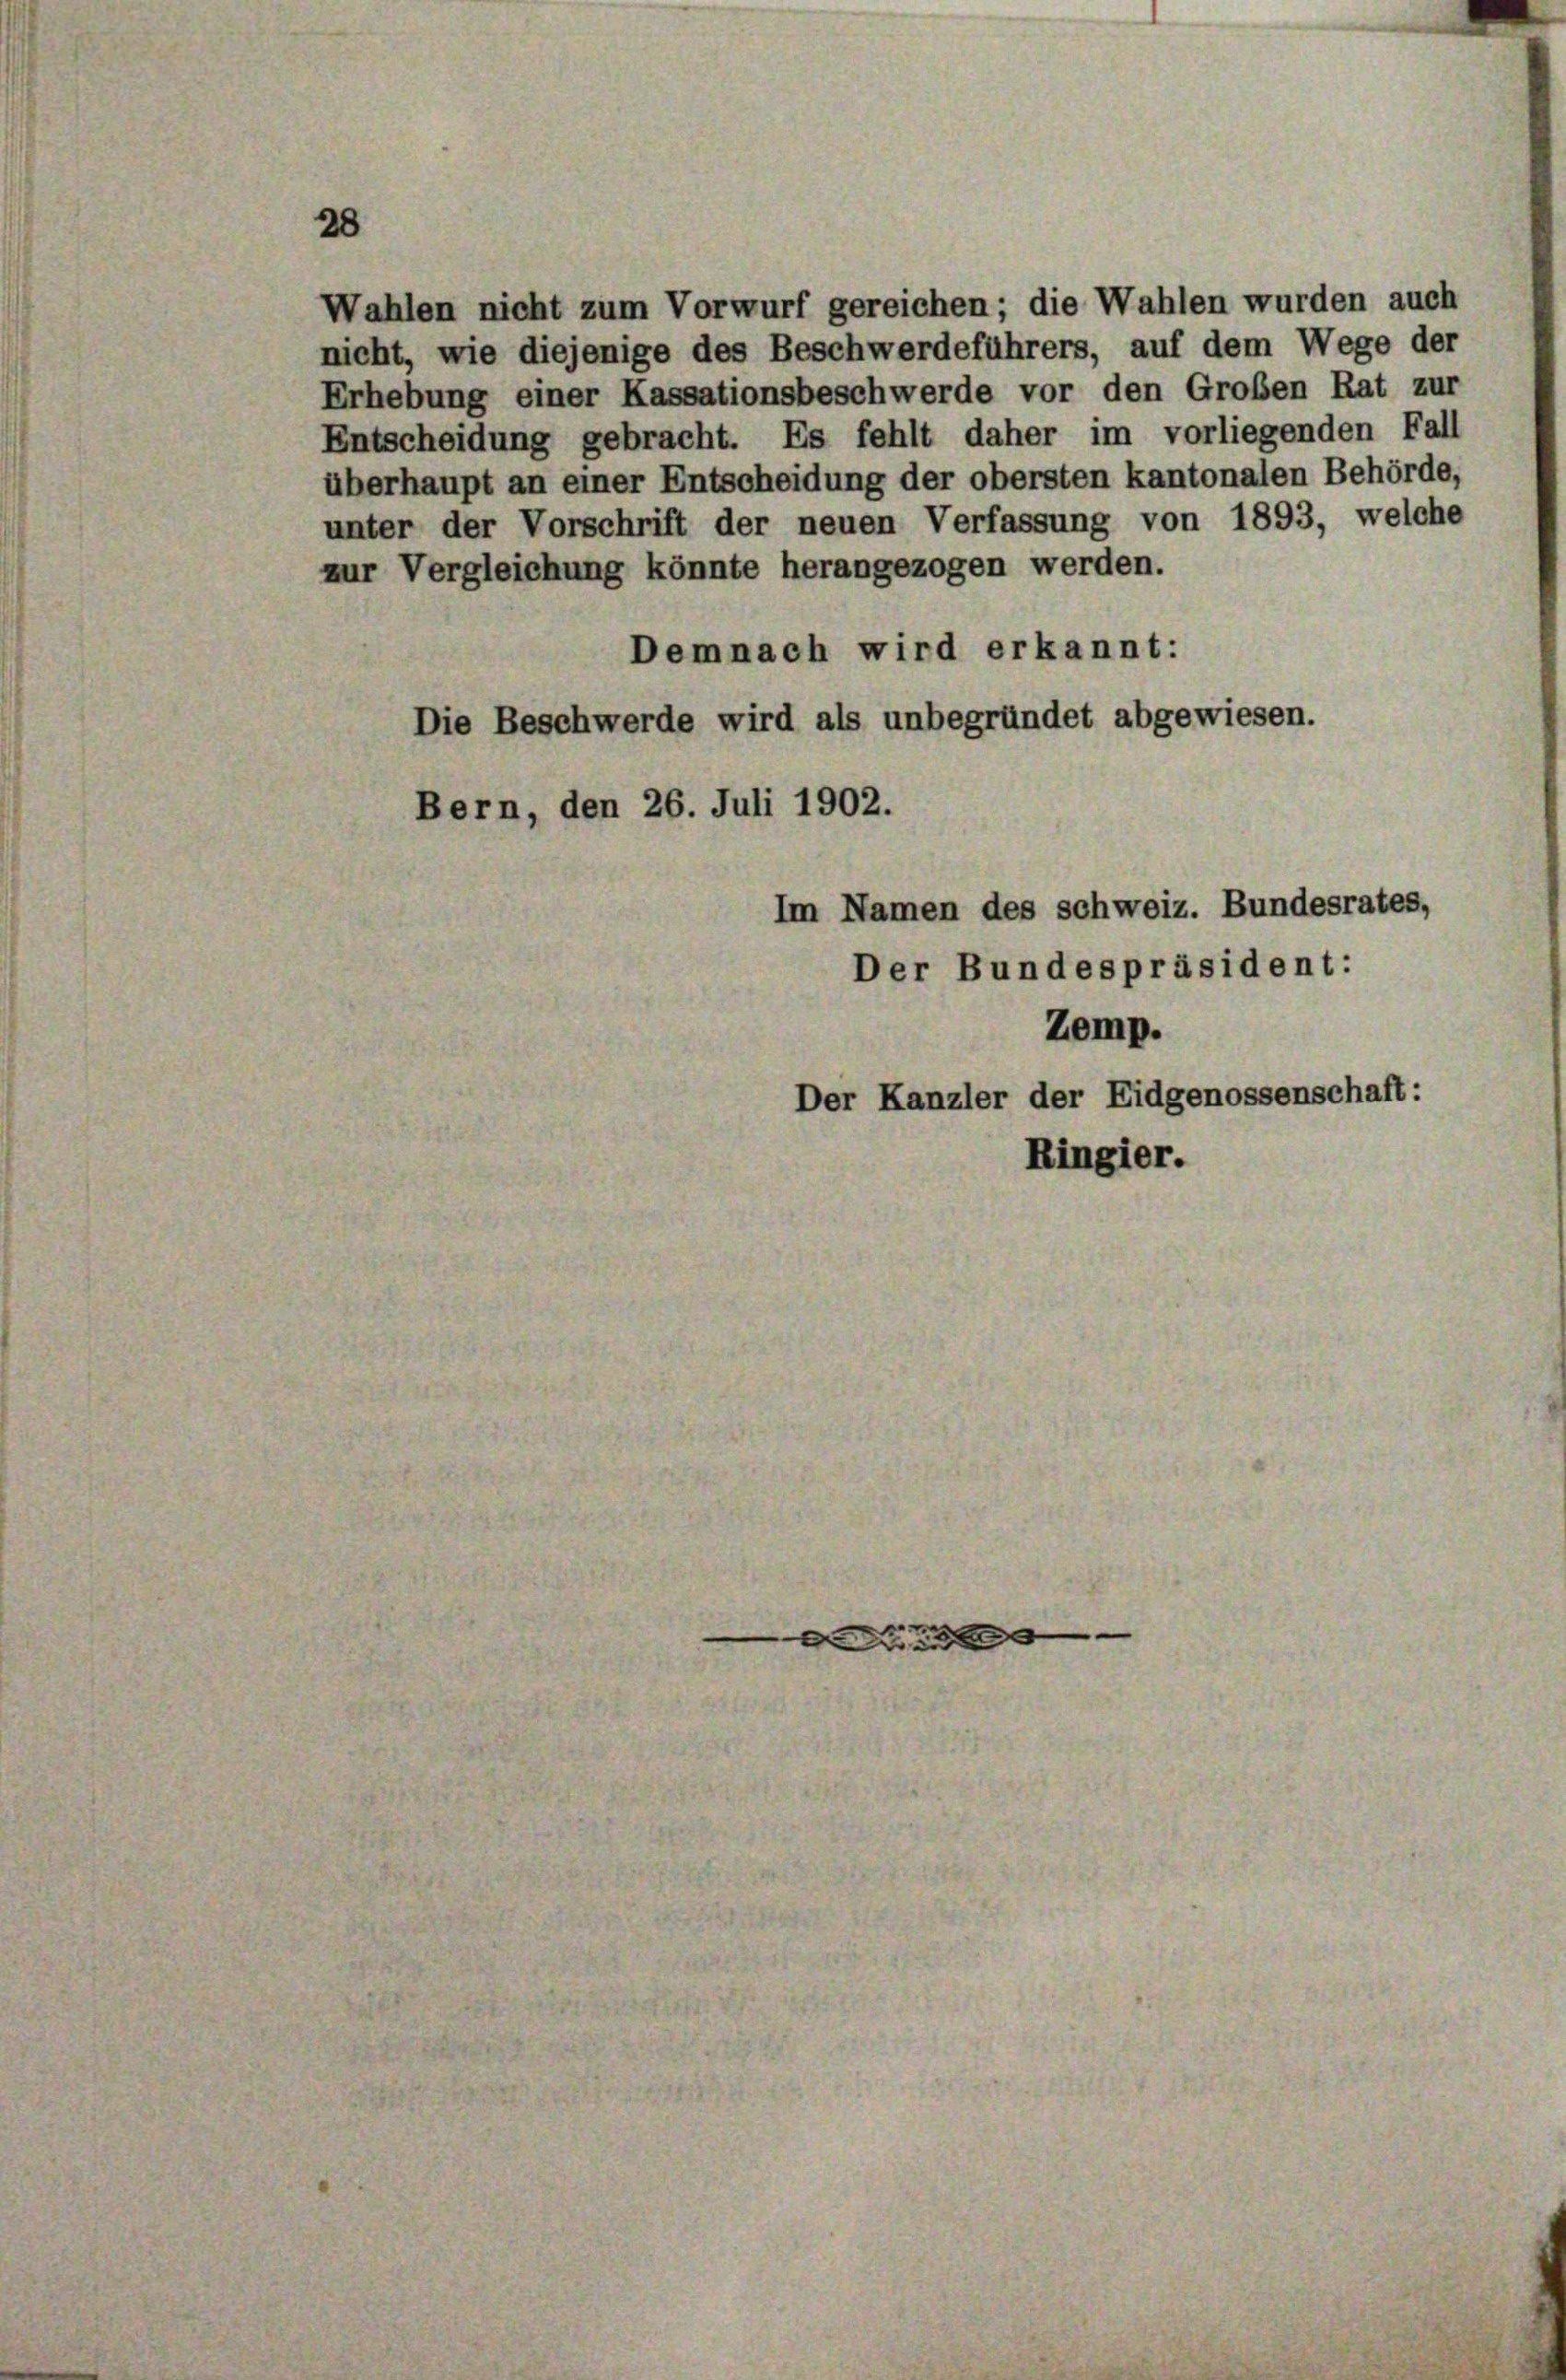
2

Wahlen nicht zum Vorwurf gereichen; die Wahlen wurden auch
nicht, wie diejenige des Beschwerdeführers, auf dem Wege der
Erhebung einer Kassationsbeschwerde vor den Großen Rat zur
Entscheidung gebracht. Es fehlt daher im vorliegenden Fall
überhaupt an einer Entscheidung der obersten kantonalen Behörde,
unter der Vorschrift der neuen Verfassung von 1893, welche
zur Vergleichung könnte herangezogen werden.
Demnach wird erkannt:
Die Beschwerde wird als unbegründet abgewiesen.
Bern, den 26. Juli 1902.
Im Namen des schweiz. Bundesrates,

Der Bundespräsident:
Zemp.
Der Kanzler der Eidgenossenschaft:
Ringier.

e
x